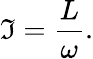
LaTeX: \mathfrak{I}={\frac{{L}}{{\omega}}}.